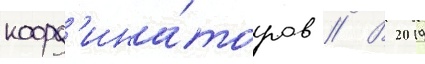
коорд'ина́торов // В 2019